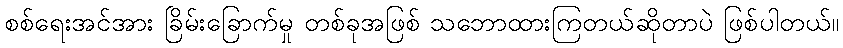
စစ်ရေးအင်အား ခြိမ်းခြောက်မှု တစ်ခုအဖြစ် သဘောထားကြတယ်ဆိုတာပဲ ဖြစ်ပါတယ်။